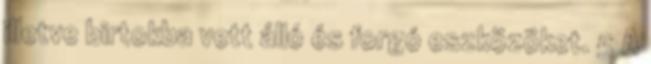
illetve birtokba vett álló és forgó eszközöket. 5 A